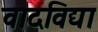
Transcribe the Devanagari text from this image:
वादविद्या